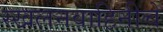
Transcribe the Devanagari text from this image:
स्खलनवाहिनीचे